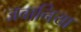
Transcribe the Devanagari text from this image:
जबानिया